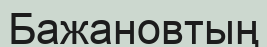
Бажановтың